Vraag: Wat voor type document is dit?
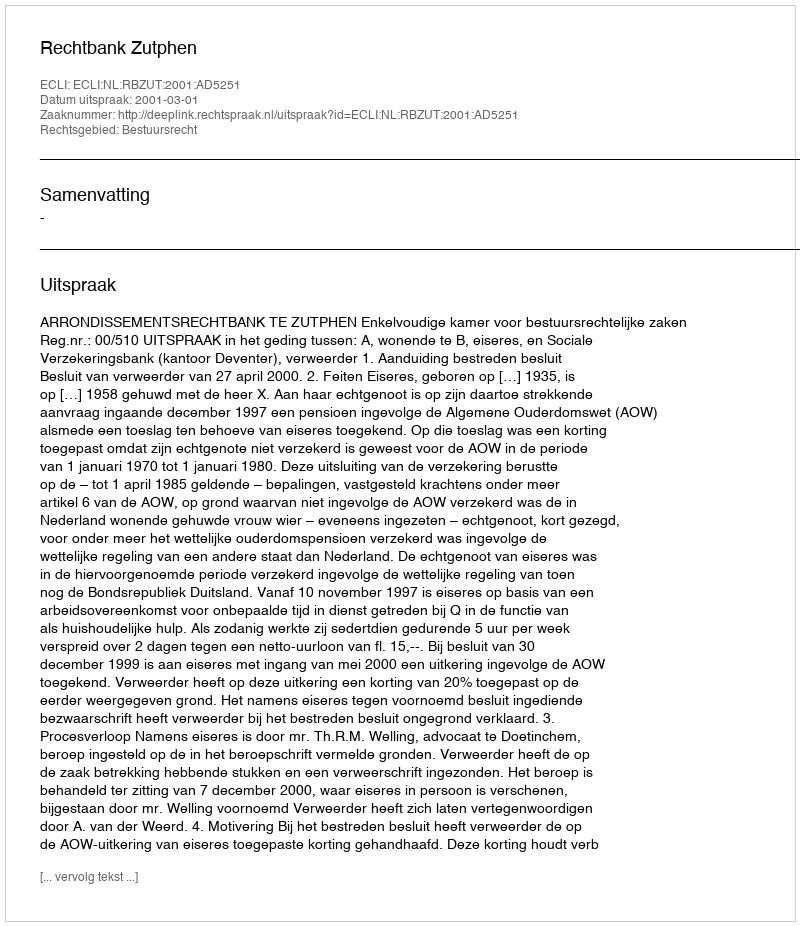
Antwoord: Uitspraak